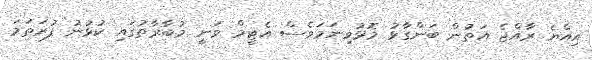
އިއްޔެ ރާއްޖެ އަތުން ބަންގާޅު މޮޅުވިނަމަވެސް އެޓީމް ވަނީ މުބާރާތުގައި ކުޅުނު ފުރަތަމަ